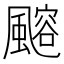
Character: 𩘪